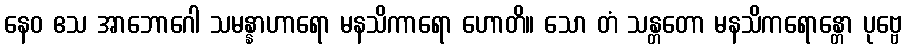
နေဝ ဧသ အာဘောဂေါ သမန္နာဟာရော မနသိကာရော ဟောတိ။ သော တံ သန္တတော မနသိကရောန္တော ပုဗ္ဗေ